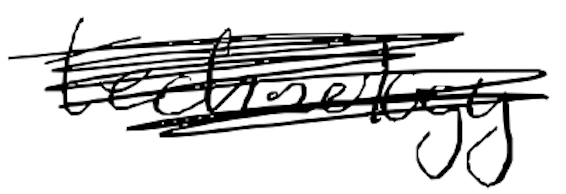
Text: technology
Cross-out: scratch
Writing tool: digital_black